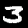
Label: 3